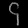
Digit: ၄